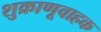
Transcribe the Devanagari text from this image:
शुक्राणूवाहक